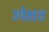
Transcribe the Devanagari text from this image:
उपेक्षत